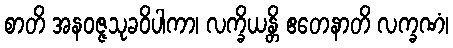
စာတိ အနဝဇ္ဇသုခဝိပါကာ၊ လက္ခိယန္တိ ဧတေနာတိ လက္ခဏံ၊